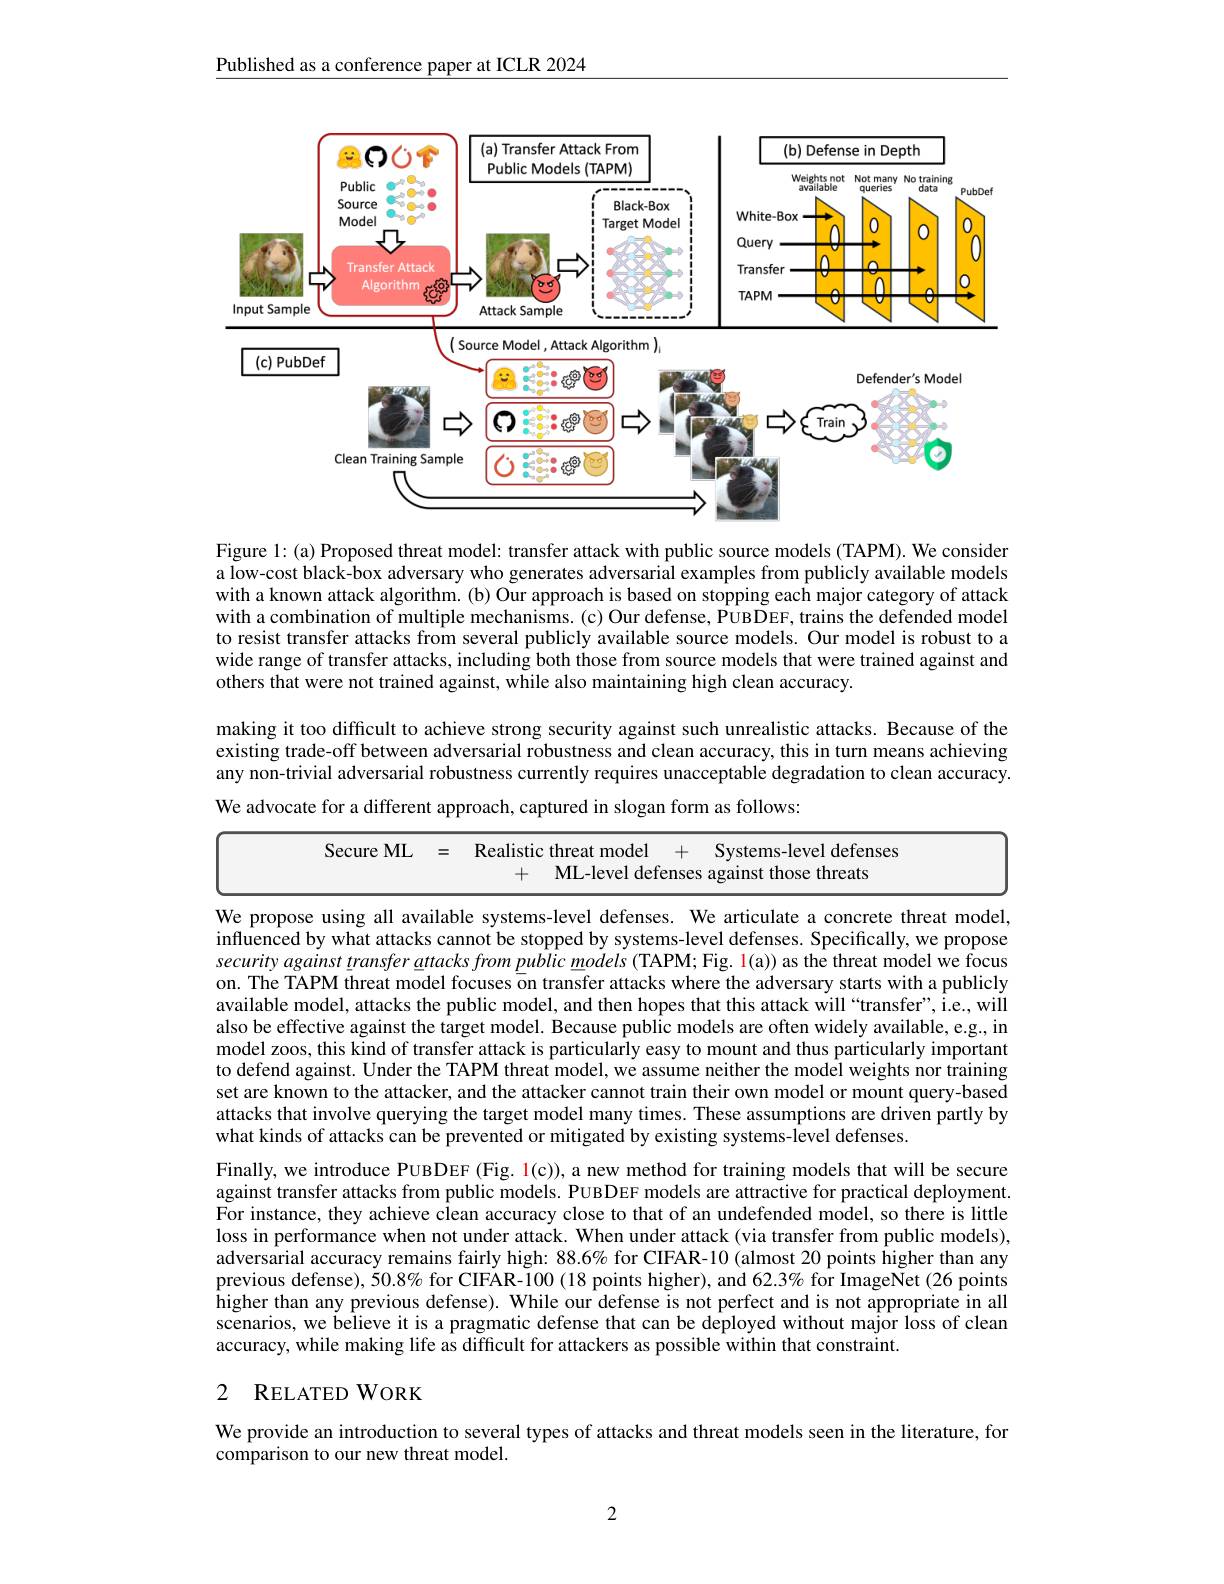
Published as a conference paper at ICLR 2024

<FigureHere>

Figure 1: (a) Proposed threat model: transfer attack with public source models (TAPM). We consider a low-cost black-box adversary who generates adversarial examples from publicly available models with a known attack algorithm.(b) Our approach is based on stopping each major category of attack with a combination of multiple mechanisms. (c) Our defense, PUBDEF, trains the defended model to resist transfer attacks from several publicly available source models. Our model is robust to a wide range of transfer attacks, including both those from source models that were trained against and others that were not trained against, while also maintaining high clean accuracy.
making it too diffcult to achieve strong security against such unrealistic attacks. Because of the existing trade-off between adversarial robustness and clean accuracy, this in turn means achieving any non-trivial adversarial robustness currently requires unacceptable degradation to clean accuracy. We advocate for a different approach, captured in slogan form as follows:
<table>
	<tbody>
		<tr>
			<td>Secure ML</td>
			<td>二</td>
			<td>Realisti</td>
			<td>ic threat model</td>
			<td>Systems-level defenses</td>
		</tr>
		<tr>
			<td> </td>
			<td> </td>
			<td>+</td>
			<td>ML-level defenses</td>
			<td>against those threats</td>
		</tr>
	</tbody>
</table>

We propose using all available systems-level defenses. We articulate a concrete threat model, influenced by what attacks cannot be stopped by systems-level defenses. Specifically, we propose security against transfer attacks from public models (TAPM; Fig. l(a)) as the threat model we focus on. The TAPM threat model focuses on transfer attacks where the adversary starts with a publicly available model, attacks the public model, and then hopes that this attack will“transfer”, i.e., will also be effective against the target model. Because public models are often widely available, e.g., in model zoos, this kind of transfer attack is particularly easy to mount and thus particularly important to defend against. Under the TAPM threat model, we assume neither the model weights nor training set are known to the attacker, and the attacker cannot train their own model or mount query-based attacks that involve querying the target model many times. These assumptions are driven partly by what kinds of attacks can be prevented or mitigated by existing systems-level defenses.
Finally, we introduce PUBDEF (Fig. $1(\mathfrak{c})),\mathfrak{a}$ new method for training models that will be secure against transfer attacks from public models. PUBDEF models are attractive for practical deployment. For instance, they achieve clean accuracy close to that of an undefended model, so there is little loss in performance when not under attack. When under attack (via transfer from public models), adversarial accuracy remains fairly high: 88.6% for CIFAR-10 (almost 20 points higher than any previous defense), 50.8% for CIFAR-100 (18 points higher), and 62.3% for ImageNet (26 points higher than any previous defense). While our defense is not perfect and is not appropriate in all scenarios, we believe it is a pragmatic defense that can be deployed without major loss of clean accuracy, while making life as difficult for attackers as possible within that constraint.

# 2 RELATEDWORK

We provide an introduction to several types of attacks and threat models seen in the literature, for
comparison to our new threat model.

2